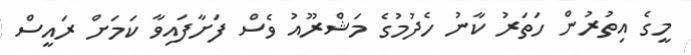
މީގެ އިތުރުން ހަތަރު ކާނު ހެދުމުގެ މަޝްރޫއު ވެސް ފަށާފައިވާ ކަމަށް ރައީސް